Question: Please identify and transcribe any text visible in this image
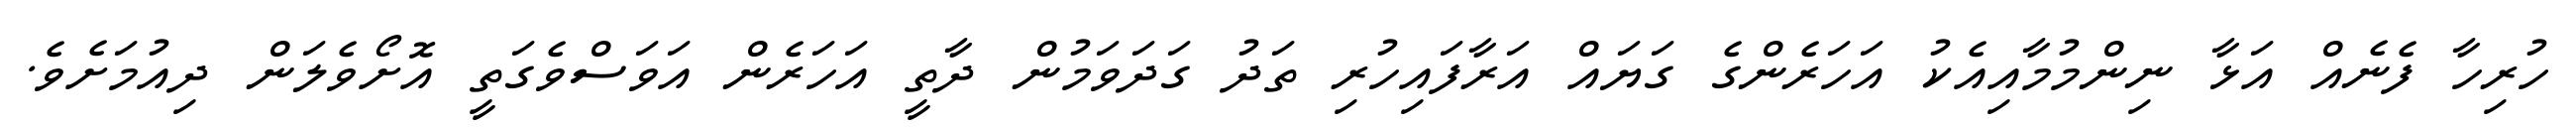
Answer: ހުރިހާ ފެނެއް އަޅާ ނިންމުމާއިއެކު އަހަރެންގެ ގަޔައް އަރާފައިހުރި ތަދު ގަދަވަމުން ދާތީ އަހަރެން އަވަސްވެގަތީ އޮށޯވެލަން ދިއުމަށެވެ.